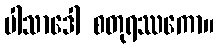
ပါသာဒေါ စတုရဿကော။